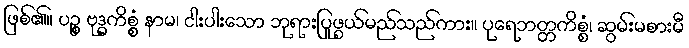
ဖြစ်၏။ ပဉ္စ ဗုဒ္ဓကိစ္စံ နာမ၊ ငါးပါးသော ဘုရားပြုဖွယ်မည်သည်ကား။ ပုရေဘတ္တကိစ္စံ၊ ဆွမ်းမစားမီ